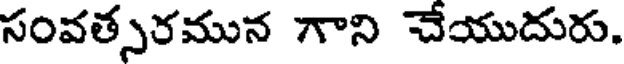
సంవత్సరమున గాని చేయుదురు.